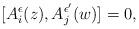
LaTeX: \begin{align*} [A^{\epsilon}_i(z), A^{\epsilon'}_j(w)]=0,\end{align*}